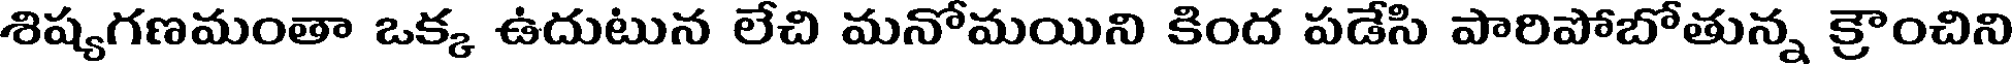
శిష్యగణమంతా ఒక్క ఉదుటున లేచి మనోమయిని కింద పడేసి పారిపోబోతున్న క్రౌంచిని